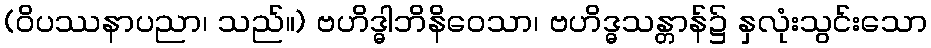
(ဝိပဿနာပညာ၊ သည်။) ဗဟိဒ္ဓါဘိနိဝေသာ၊ ဗဟိဒ္ဓသန္တာန်၌ နှလုံးသွင်းသော